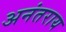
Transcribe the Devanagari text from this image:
अनंतराय